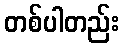
တစ်ပါတည်း